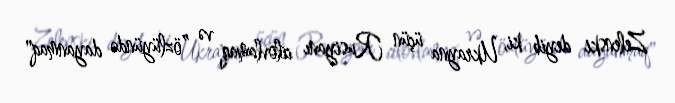
Zelenski deyib ki, Ukrayna üçün Rusiyanı cilovlamaq və ”özlüyündə dayanmaq"